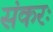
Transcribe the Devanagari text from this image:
संकरः